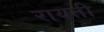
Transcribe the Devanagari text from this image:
रायती